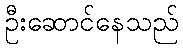
ဦးဆောင်နေသည်